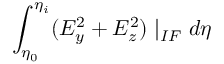
\int _ { \eta _ { 0 } } ^ { \eta _ { i } } ( E _ { y } ^ { 2 } + E _ { z } ^ { 2 } ) \mid _ { I F } d \eta